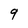
Character: 9